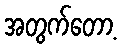
အတွက်တော့